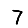
Digit: 7